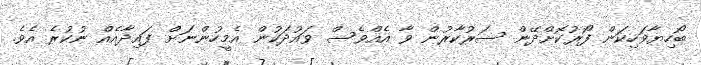
ބޯހިޔާވަހިކަން ފޯރުކޮށްދޭން ސަރުކާރުން ވާ އެއްވެސް ވައުދަކުން އެމީހުންނަށް ފައިދާއެއް ނުކުރެ އެވެ.